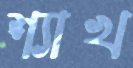
শ্যাখ